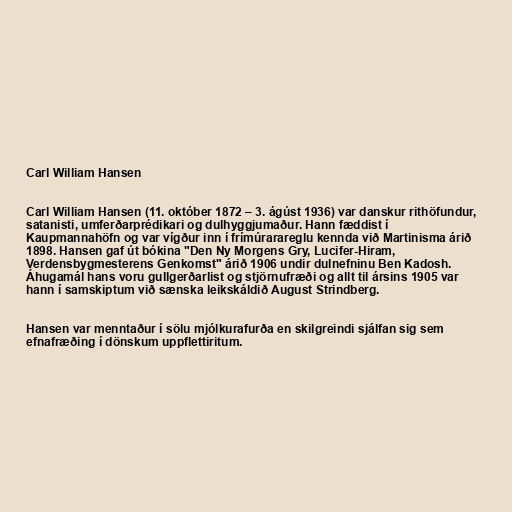
Carl William Hansen

Carl William Hansen (11. október 1872 – 3. ágúst 1936) var danskur rithöfundur,
satanisti, umferðarprédikari og dulhyggjumaður. Hann fæddist í
Kaupmannahöfn og var vígður inn í frímúrarareglu kennda við Martinisma árið
1898. Hansen gaf út bókina "Den Ny Morgens Gry, Lucifer-Hiram,
Verdensbygmesterens Genkomst" árið 1906 undir dulnefninu Ben Kadosh.
Áhugamál hans voru gullgerðarlist og stjörnufræði og allt til ársins 1905 var
hann í samskiptum við sænska leikskáldið August Strindberg.

Hansen var menntaður í sölu mjólkurafurða en skilgreindi sjálfan sig sem
efnafræðing í dönskum uppflettiritum.